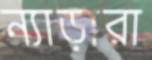
ন্যাড়ারা